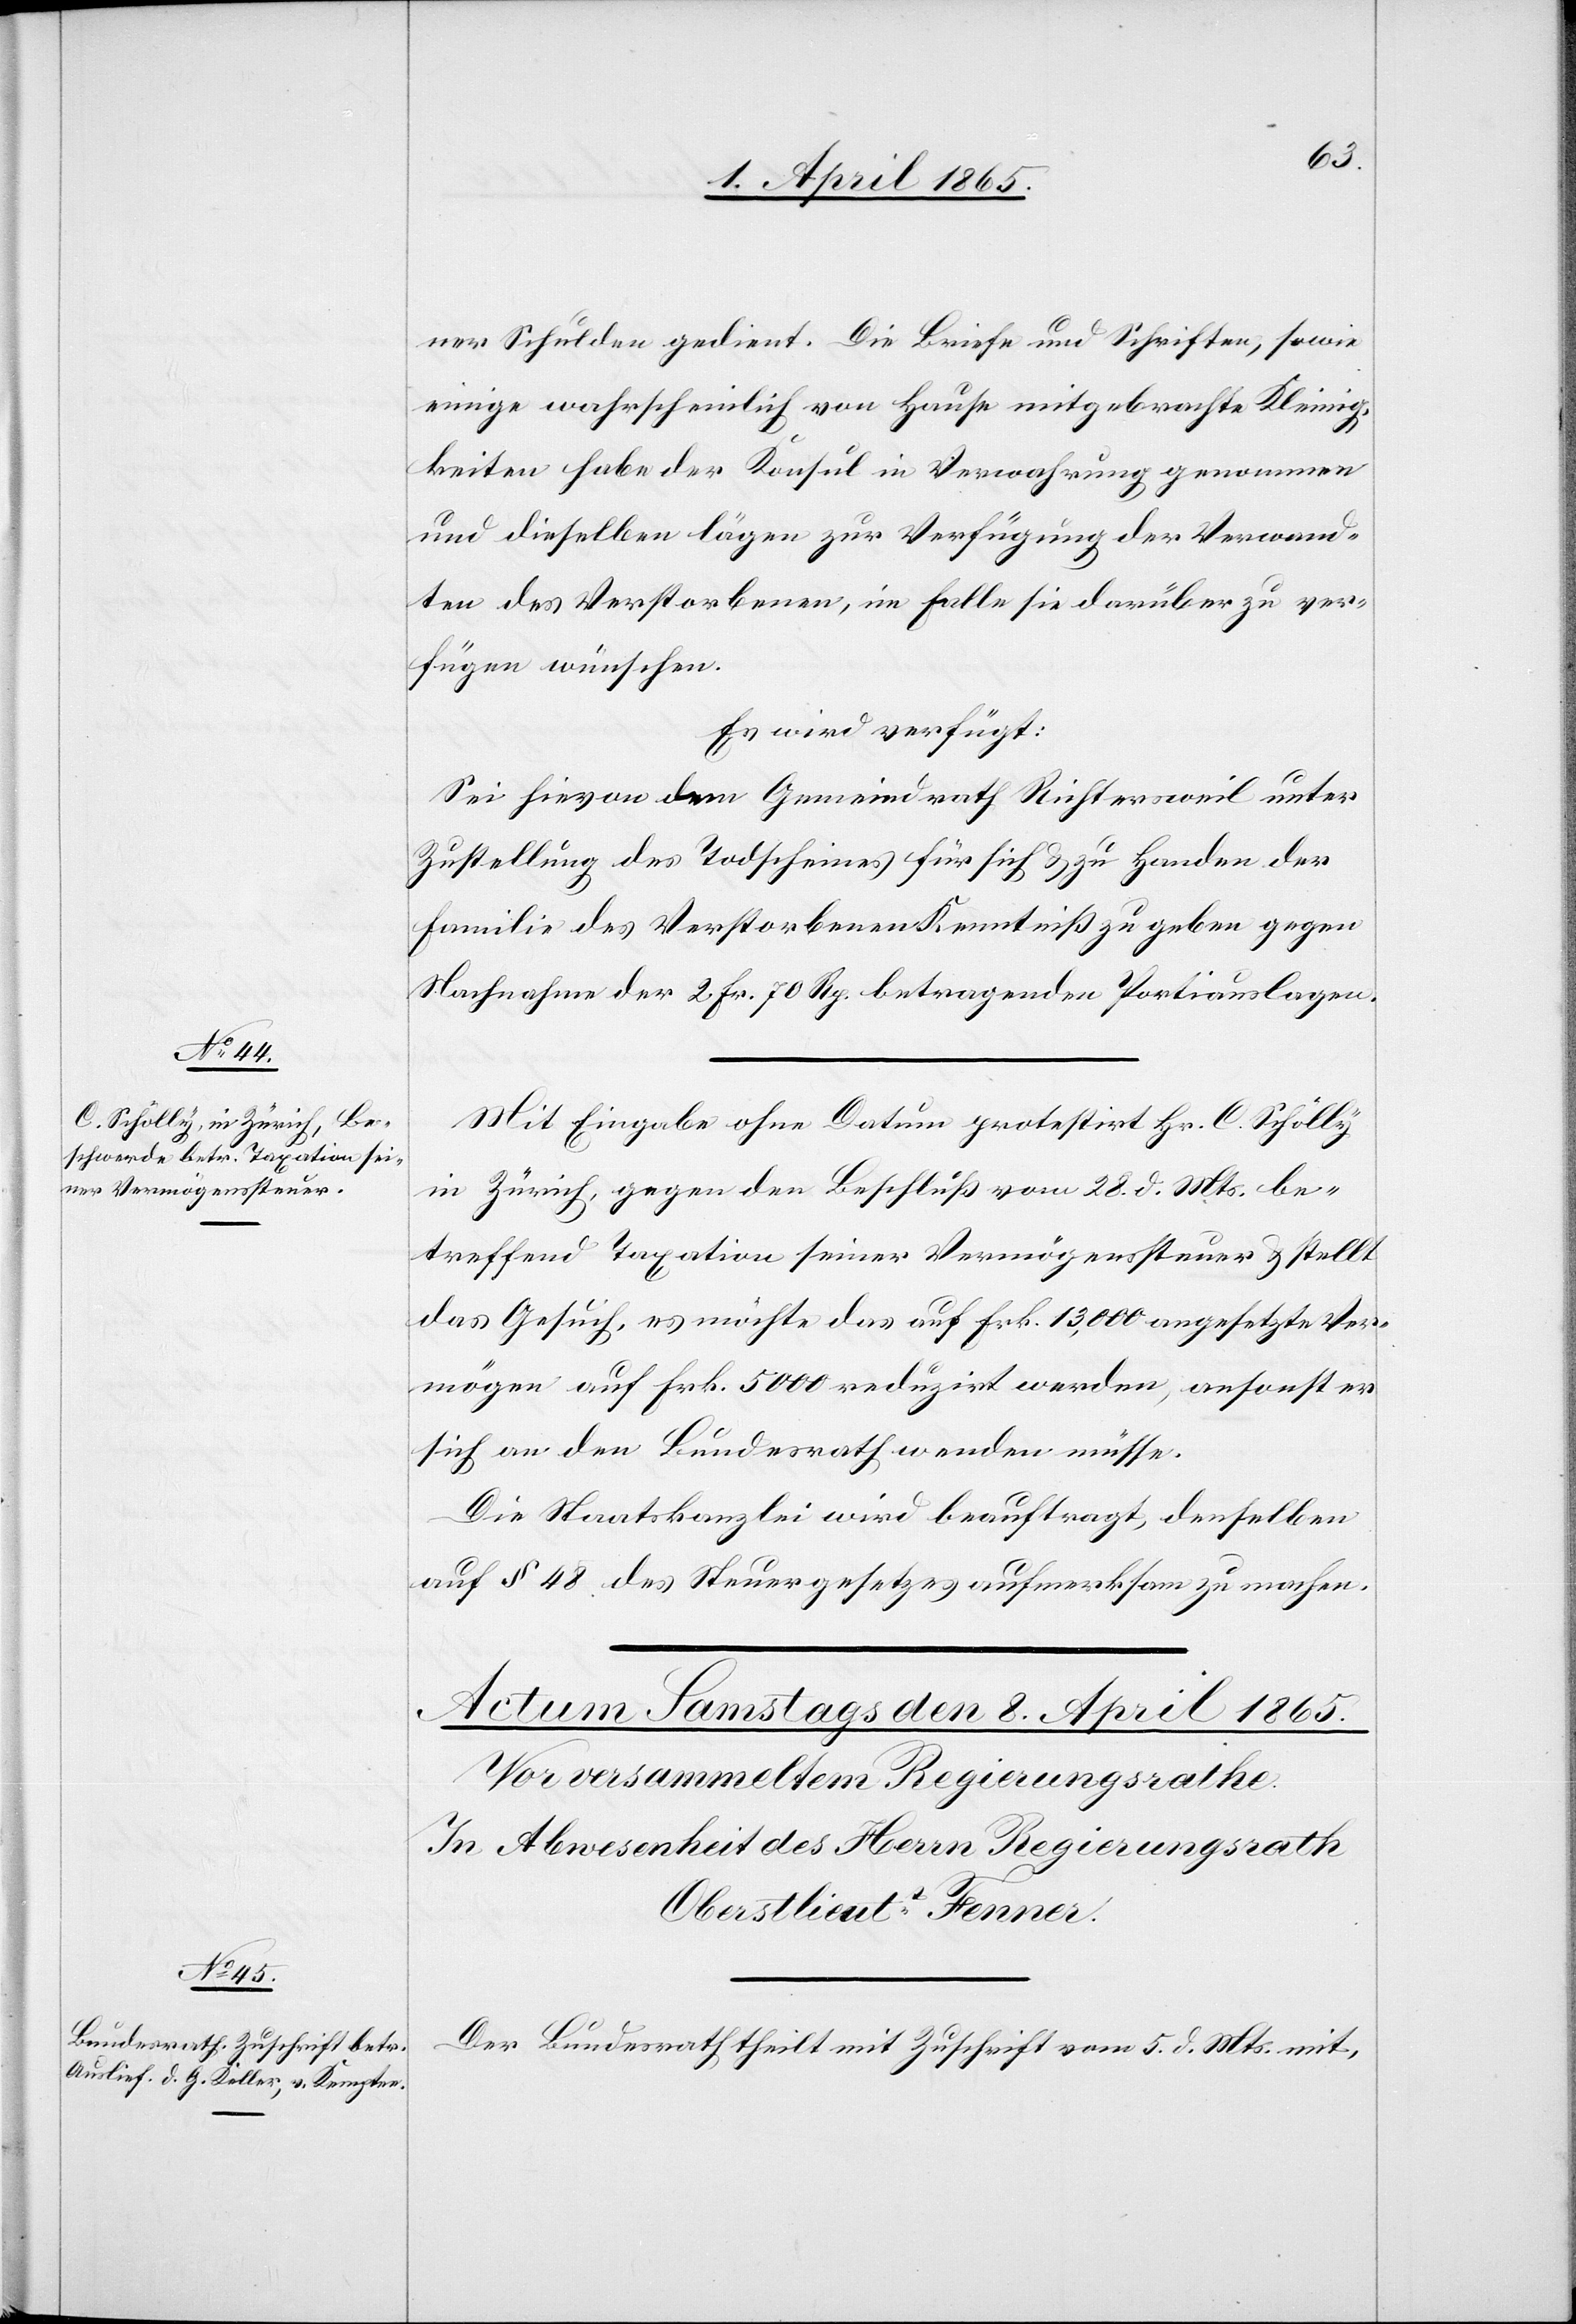
7. April 1865.]
ner Schulden gedient. Die Briefe und Schriften, sowie
einige wahrscheinlich von Hause mitgebrachte Kleinig¬
keiten habe der Konsul in Verwahrung genommen
und dieselben lägen zur Verfügung der Verwand¬
ten des Verstorbenen, im Falle sie darüber zu ver¬
fügen wünschen.
Es wird verfügt:
Sei hievon dem Gemeindrath Richtersweil unter
Zustellung des Todscheines für sich & zu Handen der
Familie des Verstorbenen Kenntniß zu geben gegen
Nachnahme der 2 Fr. 70 Rp. betragenden Portiauslagen.
Mit Eingabe ohne Datum protestirt Hr. C. Schölly
in Zürich, gegen den Beschluß vom 28. d. Mts. be¬
treffend Taxation seiner Vermögenssteuer & stellt
das Gesuch, es möchte das auf Frk. 13,000 angesetzte Ver¬
mögen auf Frk. 5000 reduzirt werden, ansonst er
sich an den Bundesrath wenden müsse.
Die Staatskanzlei wird beauftragt, denselben
auf § 48 des Steuergesetzes aufmerksam zu machen.
Der Bundesrath theilt mit Zuschrift vom 5. d. Mts. mit,